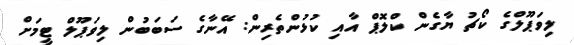
ލިވަޕޫލްގެ ކޯޗު ޔާގެން ކްލޮޕް އާއި ކުޅުންތެރިން: އޭނާގެ ސަބަބުން ލިވަޕޫލް ޓީމަށް